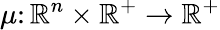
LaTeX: \mu\colon\mathbb{R}^{n}\times\mathbb{R}^{+}\to\mathbb{R}^{+}